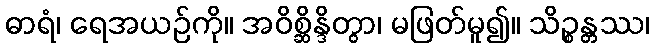
ဓာရံ၊ ရေအယဉ်ကို။ အဝိစ္ဆိန္ဒိတွာ၊ မဖြတ်မူ၍။ သိဉ္စန္တဿ၊